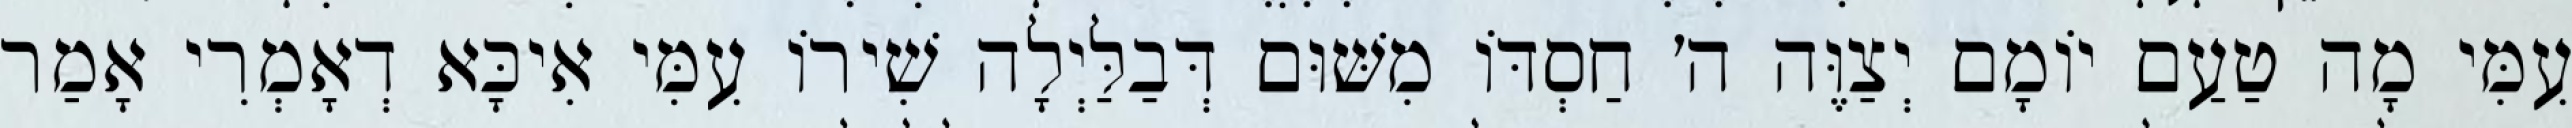
עִמִּי מָה טַעַם יוֹמָם יְצַוֶּה ה׳ חַסְדּוֹ מִשּׁוּם דְּבַלַּיְלָה שִׁירוֹ עִמִּי אִיכָּא דְאָמְרִי אָמַר